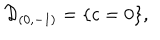
LaTeX: { \cal D } _ { ( 0 , - 1 ) } = \{ c = 0 \} ,